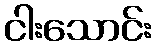
ငါးသောင်း